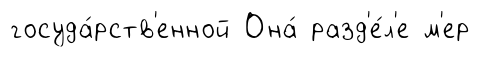
госуда́рств'енной Она́ разд'е́л'е м'ер